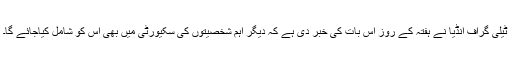
ٹیلی گراف انڈیا نے ہفتہ کے روز اس بات کی خبر دی ہے کہ دیگر اہم شخصیتوں کی سکیورٹی میں بھی اس کو شامل کیاجائے گا۔